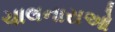
ચાલનારાઓ